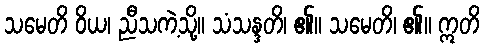
သမေတိ ဝိယ၊ ညီသကဲ့သို့။ သံသန္ဒတိ၊ ၏။ သမေတိ၊ ၏။ ဣတိ